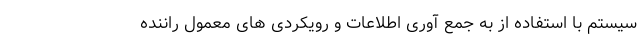
سیستم با استفاده از به جمع آوری اطلاعات و رویکردی های معمول راننده